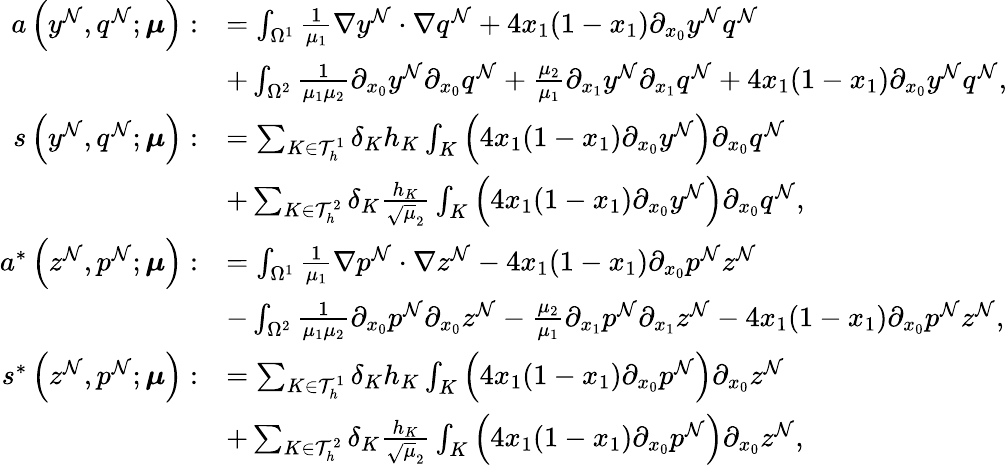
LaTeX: \begin{array}{rl}{a\left(y^{\mathcal{N}},q^{\mathcal{N}};\boldsymbol{\mu}\right):}&{=\int_{\Omega^{1}}\frac{1}{\mu_{1}}\nabla y^{\mathcal{N}}\cdot\nabla q^{\mathcal{N}}+4x_{1}(1-x_{1})\partial_{x_{0}}y^{\mathcal{N}}q^{\mathcal{N}}}\\ &{+\int_{\Omega^{2}}\frac{1}{\mu_{1}\mu_{2}}\partial_{x_{0}}y^{\mathcal{N}}\partial_{x_{0}}q^{\mathcal{N}}+\frac{\mu_{2}}{\mu_{1}}\partial_{x_{1}}y^{\mathcal{N}}\partial_{x_{1}}q^{\mathcal{N}}+4x_{1}(1-x_{1})\partial_{x_{0}}y^{\mathcal{N}}q^{\mathcal{N}},}\\ {s\left(y^{\mathcal{N}},q^{\mathcal{N}};\boldsymbol{\mu}\right):}&{=\sum_{K\in\mathcal{T}_{h}^{1}}\delta_{K}h_{K}\int_{K}\left(4x_{1}(1-x_{1})\partial_{x_{0}}y^{\mathcal{N}}\right)\partial_{x_{0}}q^{\mathcal{N}}}\\ &{+\sum_{K\in\mathcal{T}_{h}^{2}}\delta_{K}\frac{h_{K}}{\sqrt{\mu}_{2}}\int_{K}\left(4x_{1}(1-x_{1})\partial_{x_{0}}y^{\mathcal{N}}\right)\partial_{x_{0}}q^{\mathcal{N}},}\\ {a^{*}\left(z^{\mathcal{N}},p^{\mathcal{N}};\boldsymbol{\mu}\right):}&{=\int_{\Omega^{1}}\frac{1}{\mu_{1}}\nabla p^{\mathcal{N}}\cdot\nabla z^{\mathcal{N}}-4x_{1}(1-x_{1})\partial_{x_{0}}p^{\mathcal{N}}z^{\mathcal{N}}}\\ &{-\int_{\Omega^{2}}\frac{1}{\mu_{1}\mu_{2}}\partial_{x_{0}}p^{\mathcal{N}}\partial_{x_{0}}z^{\mathcal{N}}-\frac{\mu_{2}}{\mu_{1}}\partial_{x_{1}}p^{\mathcal{N}}\partial_{x_{1}}z^{\mathcal{N}}-4x_{1}(1-x_{1})\partial_{x_{0}}p^{\mathcal{N}}z^{\mathcal{N}},}\\ {s^{*}\left(z^{\mathcal{N}},p^{\mathcal{N}};\boldsymbol{\mu}\right):}&{=\sum_{K\in\mathcal{T}_{h}^{1}}\delta_{K}h_{K}\int_{K}\left(4x_{1}(1-x_{1})\partial_{x_{0}}p^{\mathcal{N}}\right)\partial_{x_{0}}z^{\mathcal{N}}}\\ &{+\sum_{K\in\mathcal{T}_{h}^{2}}\delta_{K}\frac{h_{K}}{\sqrt{\mu}_{2}}\int_{K}\left(4x_{1}(1-x_{1})\partial_{x_{0}}p^{\mathcal{N}}\right)\partial_{x_{0}}z^{\mathcal{N}},}\end{array}